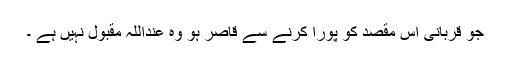
جو قربانی اس مقصد کو پورا کرنے سے قاصر ہو وہ عنداللہ مقبول نہیں ہے ۔